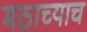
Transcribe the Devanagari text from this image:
मठाच्याच